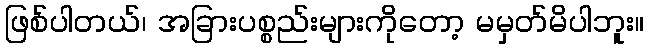
ဖြစ်ပါတယ်၊ အခြားပစ္စည်းများကိုတော့ မမှတ်မိပါဘူး။